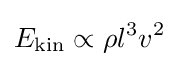
E_{\mathrm {kin} }\propto \rho l^{3}v^{2}